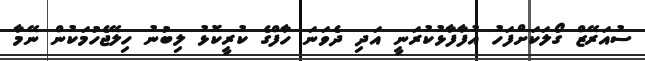
ސުއަރޭޒް ގޯލަކަށްފަހު އުފާފާޅުކުރަނީ އަދި ދެވަނަ ހާފްގެ ކުރީކޮޅު ލިބުނު ހިލޭޖެހުމަކުން ނޭމާ